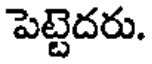
పెట్టెదరు.